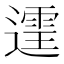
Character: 𫑄